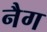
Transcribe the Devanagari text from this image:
नैग